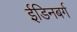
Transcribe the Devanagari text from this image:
ईडिनबर्ग